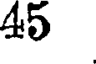
45